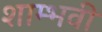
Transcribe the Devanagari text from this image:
शाम्भवी